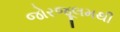
જોરજૂલમથી